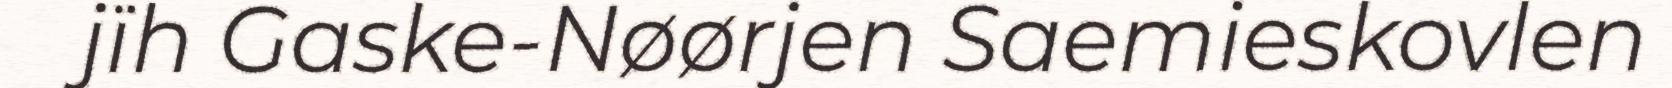
jïh Gaske-Nøørjen Saemieskovlen